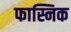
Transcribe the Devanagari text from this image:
फास्निक